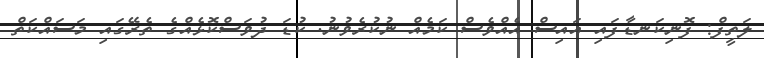
ލަތީފް: ފޮނިކަނޑާފައި އައިސް އެއްވެސް ކަމެއް ނުކުރެވުނު. ކުޑަ ދުވަސްކޮޅެއްގެ ތެރޭގައި މަސައްކަތް